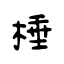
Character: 棰